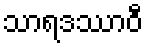
သာရဒဿာဝီ